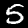
Label: 5